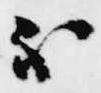
不